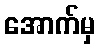
အောက်မှ